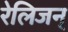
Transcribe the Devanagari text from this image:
रेलिजन्